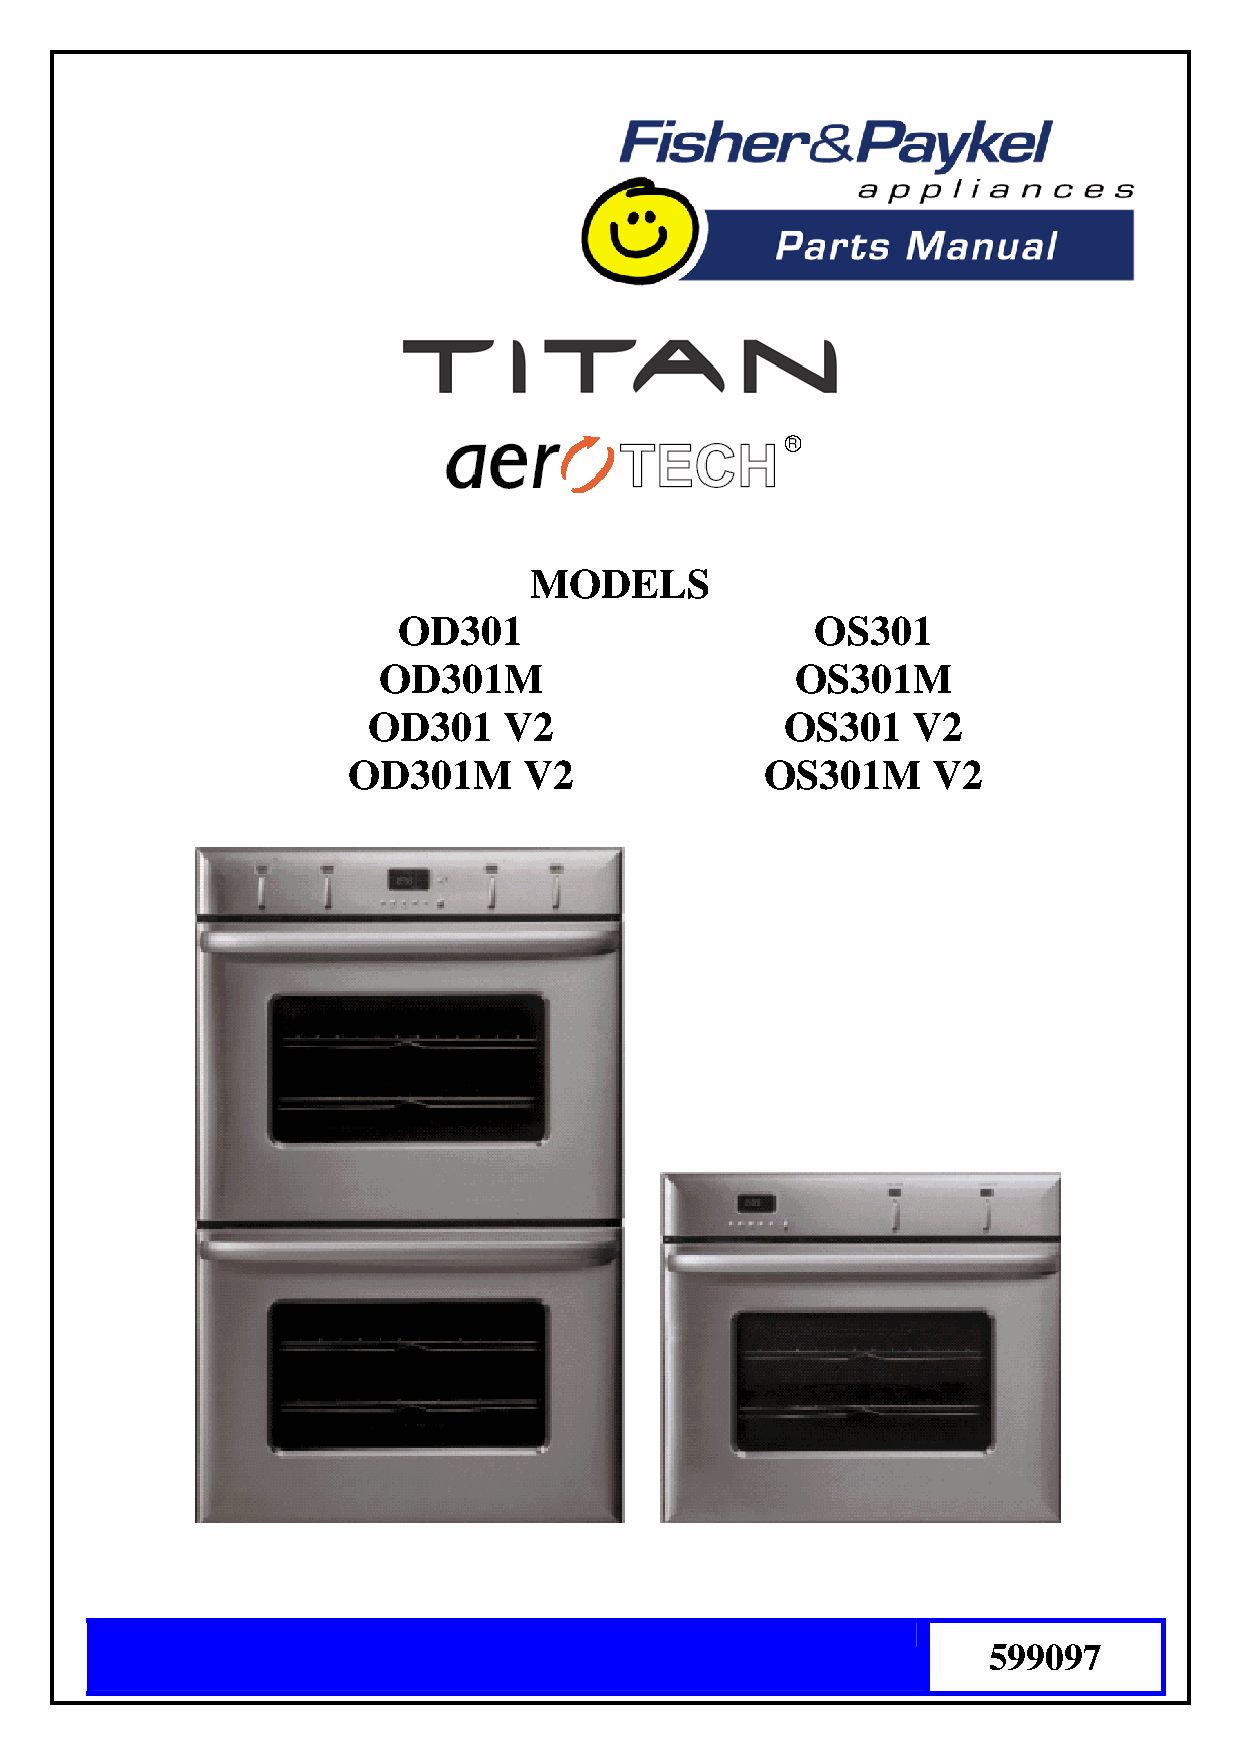
MODELS
 OD301                       OS301
 OD301M                      OS301M
 OD301    V2                 OS301   V2
 OD301M      V2              OS301M     V2
 599097